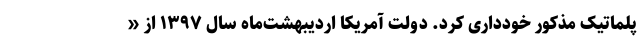
پلماتیک مذکور خودداری کرد. دولت آمریکا اردیبهشت‌ماه سال ۱۳۹۷ از «